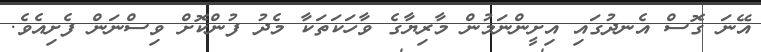
އޭނަ ގޮސް އެނދުގައި އިށީންނަމުން މާރިޔާގެ ވާހަކަތަކާ މެދު ފުންކޮށް ވިސްނަން ފެށިއެވެ.